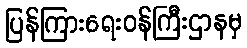
ပြန်ကြားရေးဝန်ကြီးဌာနမှ